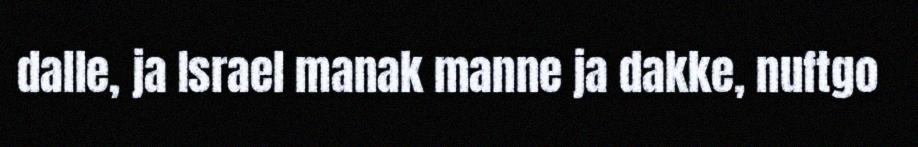
dalle, ja Israel manak manne ja dakke, nuftgo